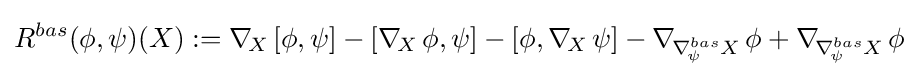
R^{bas}(\phi ,\psi )(X):=\nabla _{\!X\,}[\phi ,\psi ]-[\nabla _{\!X\,}\phi ,\psi ]-[\phi ,\nabla _{\!X\,}\psi ]-\nabla _{\!\nabla _{\!\psi \,}^{bas}X\,}\phi +\nabla _{\!\nabla _{\!\psi \,}^{bas}X\,}\phi